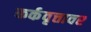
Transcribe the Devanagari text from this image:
कर्कवृत्तावर